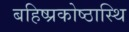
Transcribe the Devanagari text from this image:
बहिष्प्रकोष्ठास्थि